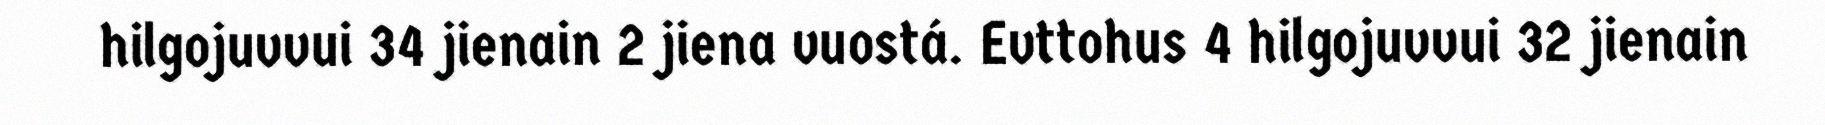
hilgojuvvui 34 jienain 2 jiena vuostá. Evttohus 4 hilgojuvvui 32 jienain